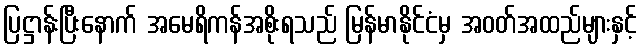
ပြဋ္ဌာန်းပြီးနောက် အမေရိကန်အစိုးရသည် မြန်မာနိုင်ငံမှ အဝတ်အထည်များနှင့်